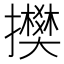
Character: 𢸅